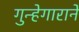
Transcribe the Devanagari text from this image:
गुन्हेगाराने